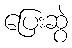
ပြေးဆွဲ